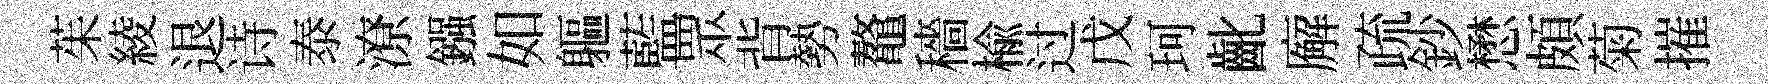
茱綾退诗泰潦鏹如軀藍眾背勢鼇穡楡过戊珂齔廨疏鈔懋頗菊摧